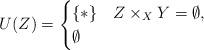
LaTeX: \begin{align*}U(Z) = \begin{cases}\{*\} & Z\times_X Y =\emptyset, \\\emptyset & \end{cases}\end{align*}